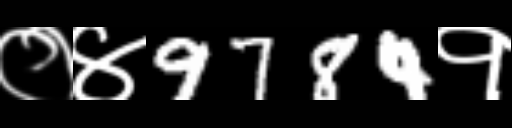
Text: ०४9784१